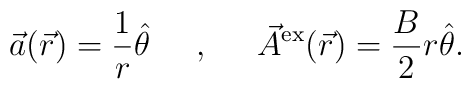
\vec{a}(\vec{r}) = \frac{1}{r} \hat{\theta} \;\;\;\;\; ,\;\;\;\;\; \vec{A}^{\rm ex}(\vec{r}) = \frac{B}{2} r \hat{\theta}.